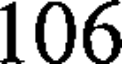
106